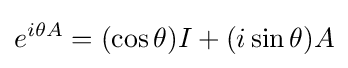
e^{i\theta A}=(\cos \theta )I+(i\sin \theta )A